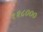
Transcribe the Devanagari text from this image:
१२८०००